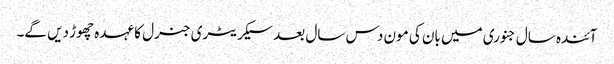
آئندہ سال جنوری میں بان کی مون دس سال بعد سیکریٹری جنرل کا عہدہ چھوڑ دیں گے۔